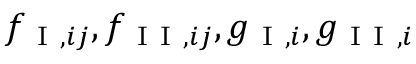
f _ { \mathrm { ~ I ~ } , i j } , f _ { \mathrm { ~ I ~ I ~ } , i j } , g _ { \mathrm { ~ I ~ } , i } , g _ { \mathrm { ~ I ~ I ~ } , i }